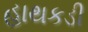
હાથકડી